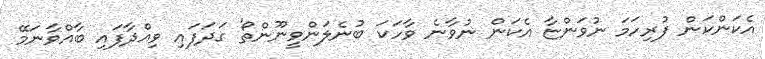
އެކަންކަން ފުރިހަމަ ނުވަންޏާ އެކަން ނުވާނެ ވާހަކަ ބުނެލަންވީނޫންތޯ' ގަދަފައި ވިއްދާފައި ބާއްވާނަމޭ